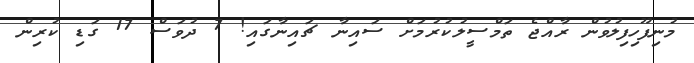
މުނިފޫހިފިލުވުން ރާއްޖެ ތަމްސީލުކުރުމަށް ސައިނާ ޗައިނާގައި! 7 ދުވަސް 17 ގަޑި ކުރިން